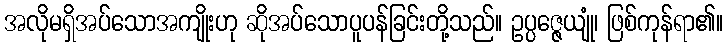
အလိုမရှိအပ်သောအကျိုးဟု ဆိုအပ်သောပူပန်ခြင်းတို့သည်။ ဥပ္ပဇ္ဇေယျုံ၊ ဖြစ်ကုန်ရာ၏။